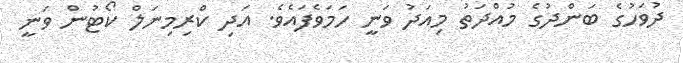
ދުވަހުގެ ބަންދުގެ މުއްދަތު މިއަދު ވަނީ ހަމަވެފައެވެ. އަދި ކްރިމިނަލް ކޯޓުން ވަނީ